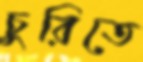
চুরিতে